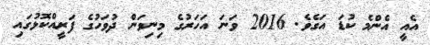
އެއީ އެންމެ ކުޑަ އަގެވެ. 2016 ވަނަ އަހަރުގެ މިނިވަން ދުވަހުގެ ފަރީއްކޮޅުގައި